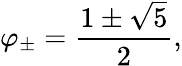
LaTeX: \varphi_{\pm}={\frac{1\pm{\sqrt{5}}}{2}},